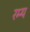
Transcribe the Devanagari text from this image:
रम्‍य